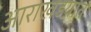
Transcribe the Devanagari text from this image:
आराखडय़ात